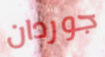
جوردان